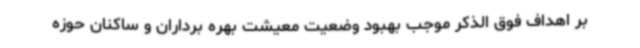
بر اهداف فوق الذکر موجب بهبود وضعیت معیشت بهره برداران و ساکنان حوزه